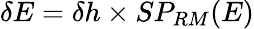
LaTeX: \delta E=\delta h\times SP_{RM}(E)